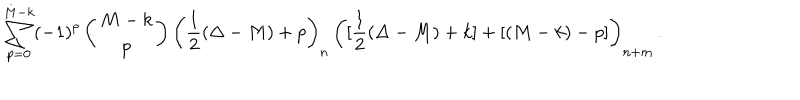
\sum _ { p = 0 } ^ { M - k } ( - 1 ) ^ { p } \left( \begin{matrix} { { M - k } } \\ { { p } } \\ \end{matrix} \right) \biggl ( \frac { 1 } { 2 } ( \Delta - M ) + p \biggr ) _ { n } \, \biggl ( [ \frac { 1 } { 2 } ( \Delta - M ) + k ] + [ ( M - k ) - p ] \biggr ) _ { n + m } \, .